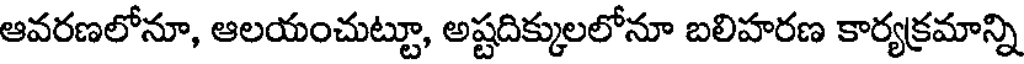
ఆవరణలోనూ, ఆలయంచుట్టూ, అష్టదిక్కులలోనూ బలిహరణ కార్యక్రమాన్ని